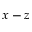
x - z